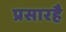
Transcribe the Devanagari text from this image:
प्रसारहै